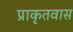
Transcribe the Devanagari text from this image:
प्राकृतवास